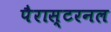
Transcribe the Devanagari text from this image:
पैरास्टरनल